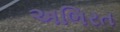
અભિરત